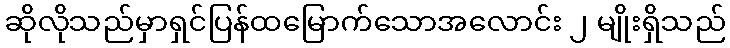
ဆိုလိုသည်မှာရှင်ပြန်ထမြောက်သောအလောင်း ၂ မျိုးရှိသည်